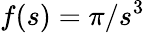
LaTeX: f(s)=\pi/s^{3}